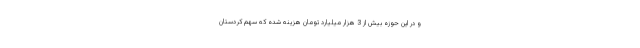
و در این حوزه بیش از 3 هزار میلیارد تومان هزینه شده که سهم کردستان